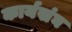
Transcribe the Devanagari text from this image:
कार्यसंघ